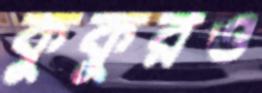
কুকুরও